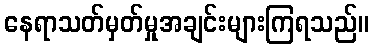
နေရာသတ်မှတ်မှုအချင်းများကြရသည်။